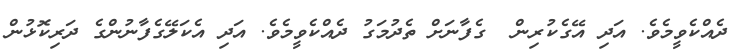
ދެއްކެވީމެވެެ. އަދި އޭގެކުރިން  ގެފާނަށް ތެދުމަގު ދެއްކެވީމެވެެ. އަދި އެކަލޭގެފާނުންގެ ދަރިކޮޅުން